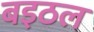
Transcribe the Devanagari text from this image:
बइठल